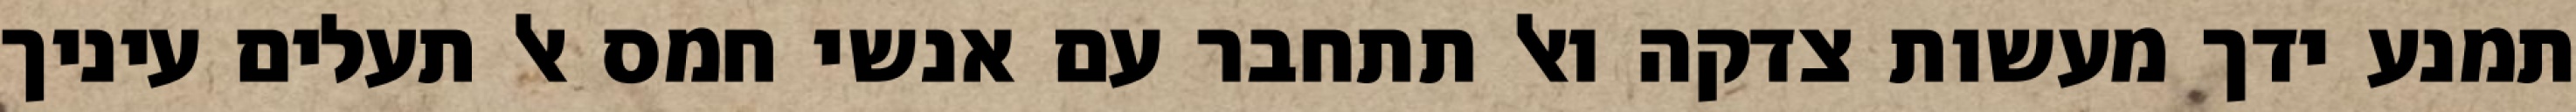
תמנע ידך מעשות צדקה ואל תתחבר עם אנשי חמס אל תעלים עיניך